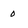
Character: o